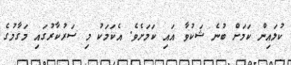
ކުލައިން ކަމަށް ބުނެ ޝަކުވާ އައި ކަމަށެވެ. އެކަމަކު މި ސަރުކާރުގައި މަގާމުގެ